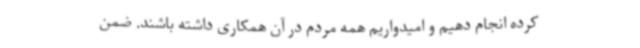
کرده انجام دهیم و امیدواریم همه مردم در آن همکاری داشته باشند. ضمن